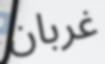
غربان